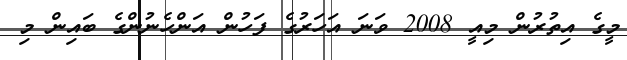
މީގެ އިތުރުން މިއީ 2008 ވަނަ އަހަރުގެ ފަހުން އަންހެނުންގެ ބައިން މި